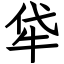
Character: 牮